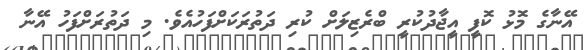
އޭނާގެ މޮޅު ކޮފީ އީޖާދުކުރީ ބްރެޒިލަށް ކުރި ދަތުރަކަށްފަހުއެވެ. މި ދަތުރަށްފަހު އޭނާ